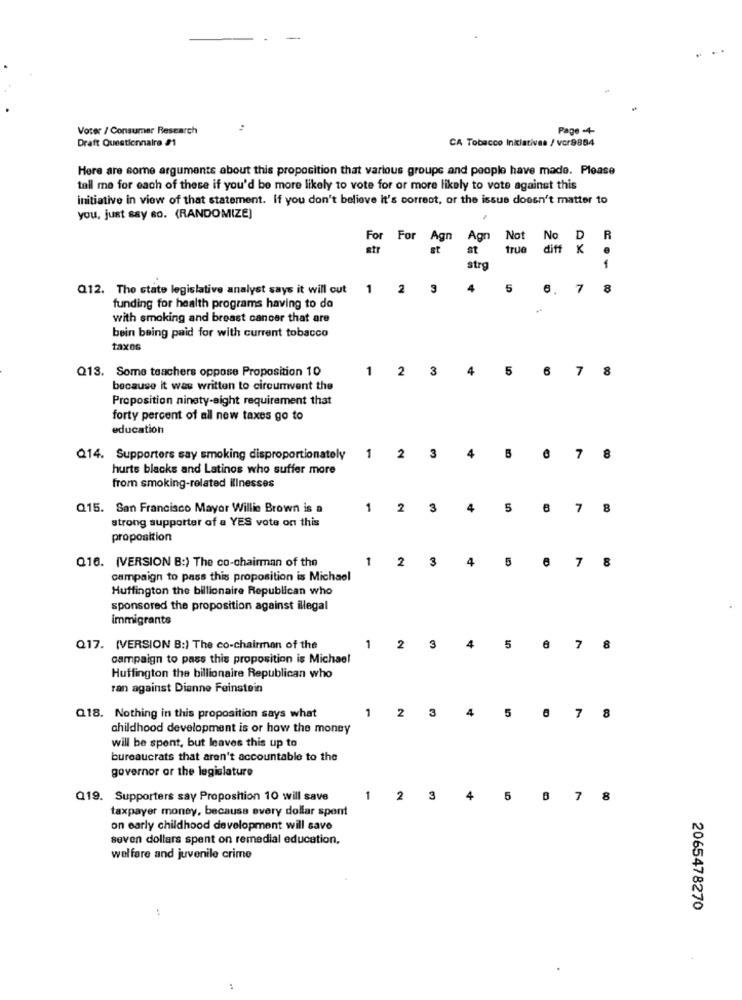
Voter / Consumer Research
Page+
Draft Questionnaire #1
CA Tobacco Iniciativas / vcr9884
Here are some argumente about this proposition that various groups and people have made. Please
tell me for each of these if you'd be more likely to vote for or more likely to vote against this
initiative in view of that statement. If you don't believe it's correct, or the issue doesn't matter to
you, just say so. (RANDOMIZE)
For For Agn
Agn
Not
No D
R
etr
st
at
true
diff K
strg
1
Q12. The state legislative analyst says it will cut
1 2
3
4
5
6. 7 8
funding for health programs having to do
with smoking and breast cancer that are
bein being paid for with current tobacco
taxes
Q13. Some teachers oppose Proposition 10
1
2
3
4
5
6
7
8
because it was written to circumvent the
Proposition ninety-eight requirement that
forty percent of all new taxes go to
education
4
Q14. Supporters say smoking disproportionately
1 2
3
7
8
hurts blacks and Latinos who suffer more
from smoking-related illnesses
Q15. San Francisco Mayor Willie Brown is a
1
2
3
4
5
7
8
strong supporter of a YES vote on this
proposition
1
2
3
4
5
Q16. (VERSION B:) The co-chairman of the
7 8
campaign to pass this proposition is Michael
Huffington the billionaire Republican who
sponsored the proposition against illegal
Immigrants
4
Q17. (VERSION B:) The co-chairman of the
1
2
3
5
7
8
campaign to pass this proposition is Michael
Huffington the billionaire Republican who
ran against Dianne Feinstein
1
2
3
4
5
Q18. Nothing in this proposition says what
7 8
childhood development is or how the money
will be spent, but leaves this up to
bureaucrats that aren't accountable to the
governor or the legislature
Q19. Supporters say Proposition 10 will save
1
2 3
4
5 8 7 8
taxpayer money, because every dollar spont
on early childhood development will save
seven dollars spent on remedial education,
welfare and juvenile crime
2065478270